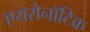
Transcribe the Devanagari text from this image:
एयरोनॉटिक